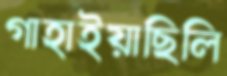
গাহাইয়াছিলি